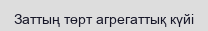
Заттың төрт агрегаттық күйі